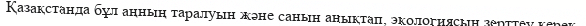
Қазақстанда бұл аңның таралуын және санын анықтап, экологиясын зерттеу керек.